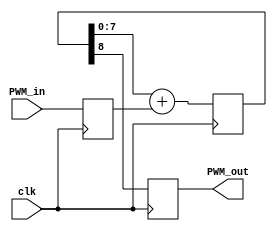
module ds8dac1(clk, PWM_in, PWM_out);
input clk;
input [7:0] PWM_in;
output reg PWM_out;
reg [8:0] PWM_accumulator;

reg [7:0] PWM_add;

initial
begin
	PWM_accumulator <= 0;
	PWM_add <=0;
end

always @(posedge clk) begin
	PWM_accumulator <= PWM_accumulator[7:0] + PWM_add;
	PWM_add <= PWM_in;
end

always @(negedge clk) begin
	PWM_out <= PWM_accumulator[8];
end

endmodule